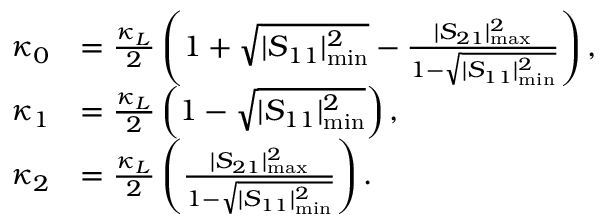
\begin{array} { r l } { \kappa _ { 0 } } & { = \frac { \kappa _ { L } } { 2 } \left( 1 + \sqrt { | S _ { 1 1 } | _ { \mathrm { m i n } } ^ { 2 } } - \frac { | S _ { 2 1 } | _ { \mathrm { m a x } } ^ { 2 } } { 1 - \sqrt { | S _ { 1 1 } | _ { \mathrm { m i n } } ^ { 2 } } } \right) , } \\ { \kappa _ { 1 } } & { = \frac { \kappa _ { L } } { 2 } \left( 1 - \sqrt { | S _ { 1 1 } | _ { \mathrm { m i n } } ^ { 2 } } \right) , } \\ { \kappa _ { 2 } } & { = \frac { \kappa _ { L } } { 2 } \left( \frac { | S _ { 2 1 } | _ { \mathrm { m a x } } ^ { 2 } } { 1 - \sqrt { | S _ { 1 1 } | _ { \mathrm { m i n } } ^ { 2 } } } \right) . } \end{array}